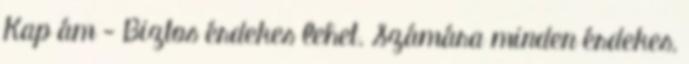
Kap ám - Biztos érdekes lehet. Számára minden érdekes,